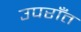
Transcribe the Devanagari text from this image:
उपराँत